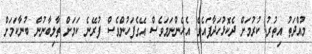
މުއްދަތު އިތުރު ކުރުމަށް ދެކޮޅުހަދާފައެވެ. އެހެންނަމަވެސް އޭގެފަހުންވެސް ފުރޭނެ ކަމަށް ތާލިބާނުން ބުނާކަމަށް